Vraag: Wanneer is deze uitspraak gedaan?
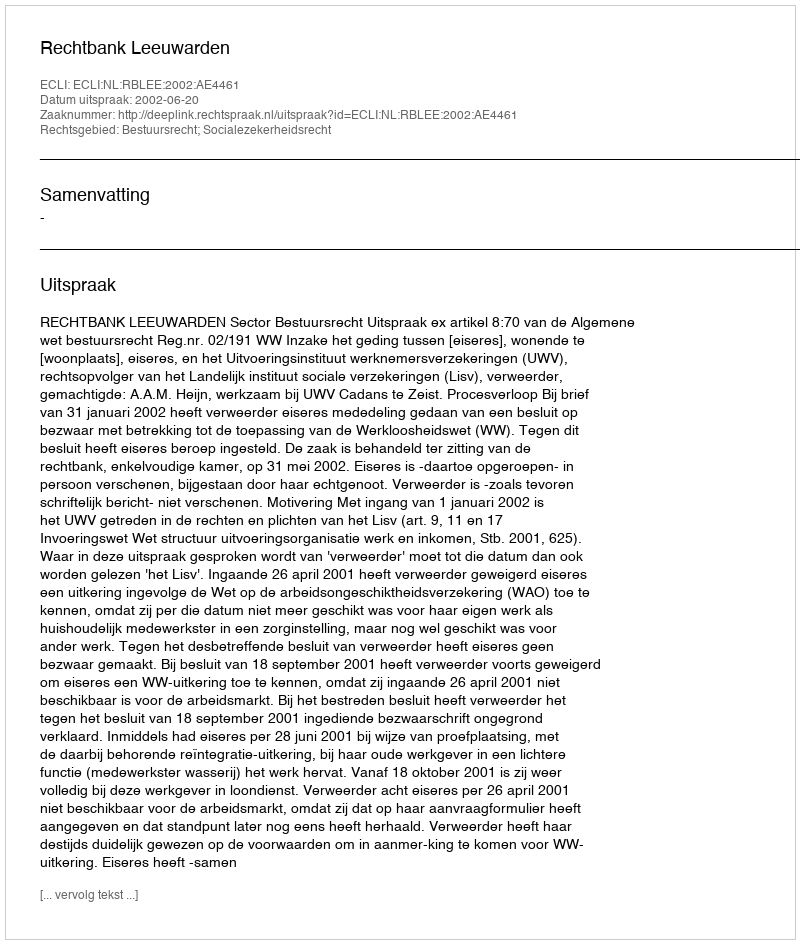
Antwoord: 2002-06-20